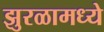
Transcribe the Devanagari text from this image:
झुरळामध्ये